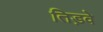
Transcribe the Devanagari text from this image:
तिड़वे